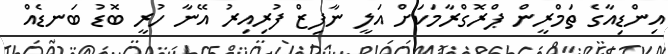
އިންޑިއާގެ ތަމްރީން ޕްރޮގްރާމަކަށް އަލީ ނާފިޒް ފުރިއިރު އޭނާ ހުރީ ބޮޑު ބަނޑެއް